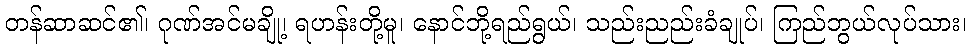
တန်ဆာဆင်၏၊ ဂုဏ်အင်မချို့၊ ရဟန်းတို့မူ၊ နောင်ဘို့ရည်ရွယ်၊ သည်းညည်းခံချုပ်၊ ကြည်ဘွယ်လုပ်သား၊